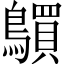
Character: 𲍦